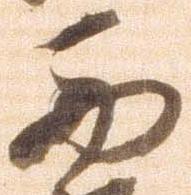
西